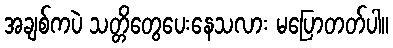
အချစ်ကပဲ သတ္တိတွေပေးနေသလား မပြောတတ်ပါ။